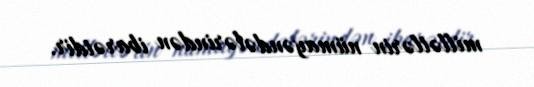
millətlərin nümayəndələrindən ibarətdir.